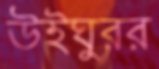
উইঘুরর